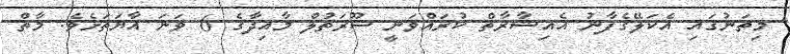
މިތަނުގައި އެކަލޭގެފާނު އެއިޝާރާތް ކުރައްވަނީ ސޫރަތުލް މާއިދާގެ 6 ވަނަ އާޔަތަށެވެ. މާތް